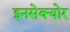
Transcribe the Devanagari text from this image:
इनसेक्योर